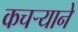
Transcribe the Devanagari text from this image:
कचर्‍याने